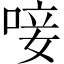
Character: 唼